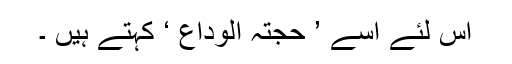
اس لئے اسے ’ حجتہ الوداع ‘ کہتے ہیں ۔